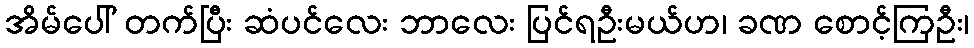
အိမ်ပေါ် တက်ပြီး ဆံပင်လေး ဘာလေး ပြင်ရဦးမယ်ဟ၊ ခဏ စောင့်ကြဦး၊